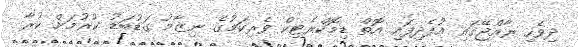
ދިވެހި ރާއްޖޭގައި އުފެދިފައި އޮތް ޑިމޮކްރެޓިކް ވެރިކަމުގެ ނިޒާމު ގަޑުބަޑު ކުރުމަށް ކުރާ